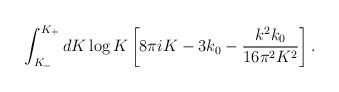
LaTeX: \begin{align*} \int_{K_{-}}^{K_+} dK \log K \left[8\pi i K - 3 k_0 -\frac{k^2 k_0}{16\pi^2K^2}\right].\end{align*}